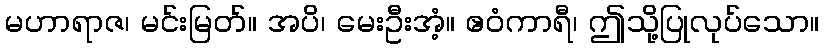
မဟာရာဇ၊ မင်းမြတ်။ အပိ၊ မေးဦးအံ့။ ဧဝံကာရီ၊ ဤသို့ပြုလုပ်သော။